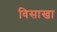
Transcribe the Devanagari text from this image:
विसाखा